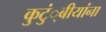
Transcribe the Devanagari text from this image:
कुटुं्बीयांना